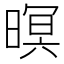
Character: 暝